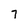
Character: 7